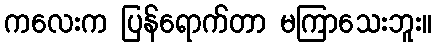
ကလေးက ပြန်ရောက်တာ မကြာသေးဘူး။